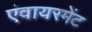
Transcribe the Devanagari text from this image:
एंवायरमेंट